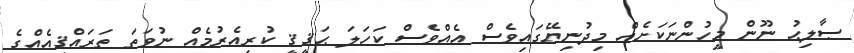
ޞާލިޙު ނޫން މީހުންނަކަށެއް މިދުނިޔޭގައިވެސް އެއްވެސް ކަހަލަ ޙަޤީޤީ ކުރިއެރުމެއް ނުވަތަ ތަރައްޤީއެއްގެ